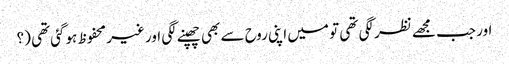
اور جب مجھے نظر لگی تھی تو میں اپنی روح سے بھی چھپنے لگی اور غیر محفوظ ہوگئی تھی (؟